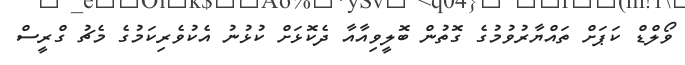
ވޯލްޑް ކަޕަށް ތައްޔާރުވުމުގެ ގޮތުން ބޮލީވިއާއާ ދެކޮޅަށް ކުޅުނު އެކުވެރިކަމުގެ މެޗު ގްރީސް